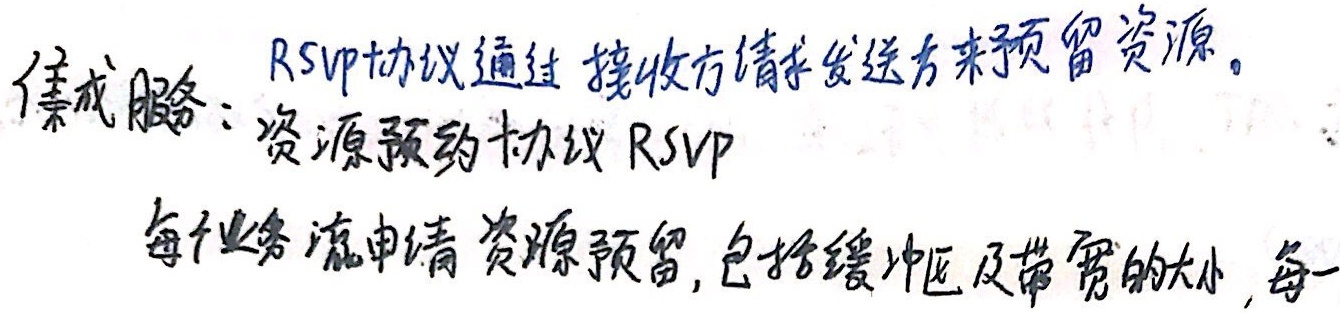
集成服务：\(RSVP\)协议通过接收方请求发送方来预留资源。资源预约协议\(RSVP\)每个业务流申请资源预留, 包括缓冲区及带宽的大小, 每一